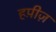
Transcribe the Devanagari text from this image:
हप़ीज़